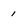
Character: 1